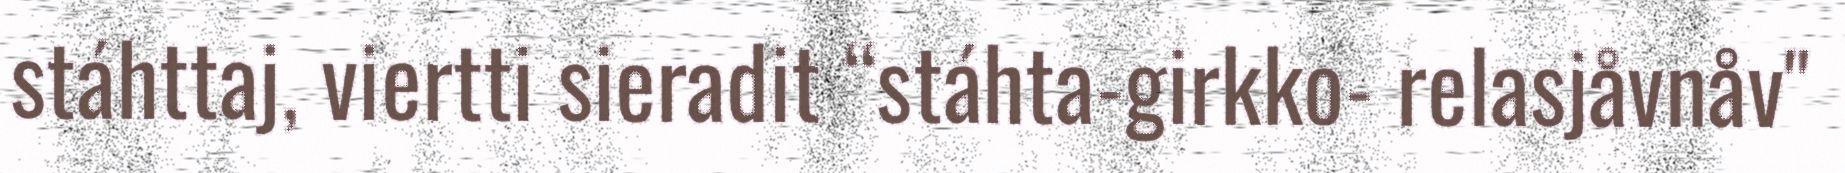
stáhttaj, viertti sieradit “stáhta-girkko- relasjåvnåv"